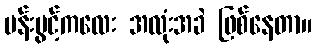
ပန်းပွင့်ကလေး အလုံးအခဲ ဖြစ်နေတာ။